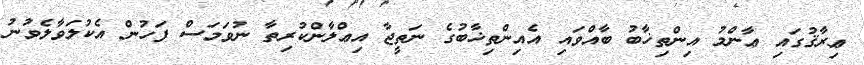
ޢިރާޤުގައި ޢާންމު އިންތިޚާބު ބާއްވައި އެއިންތިޚާބުގެ ނަތީޖާ އިޢްލާންކުރިތާ ނުވަމަސް ފަހުން އެކުލަވާލެވުނު